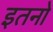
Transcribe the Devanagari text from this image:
इतनो